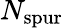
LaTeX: N_{\mathrm{spur}}